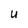
Character: u